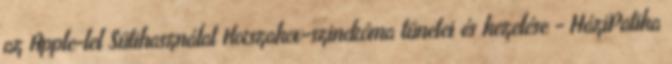
az Apple-lel Sütihasználat Korszakov-szindróma tünetei és kezelése - HáziPatika